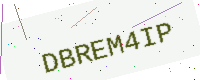
Text: DBREM4IP